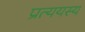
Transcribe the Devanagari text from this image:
प्रत्ययस्य